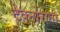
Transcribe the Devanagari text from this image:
टेक्नोराती